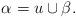
LaTeX: \begin{align*}\alpha=u\cup \beta.\end{align*}